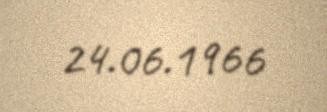
24.06.1966